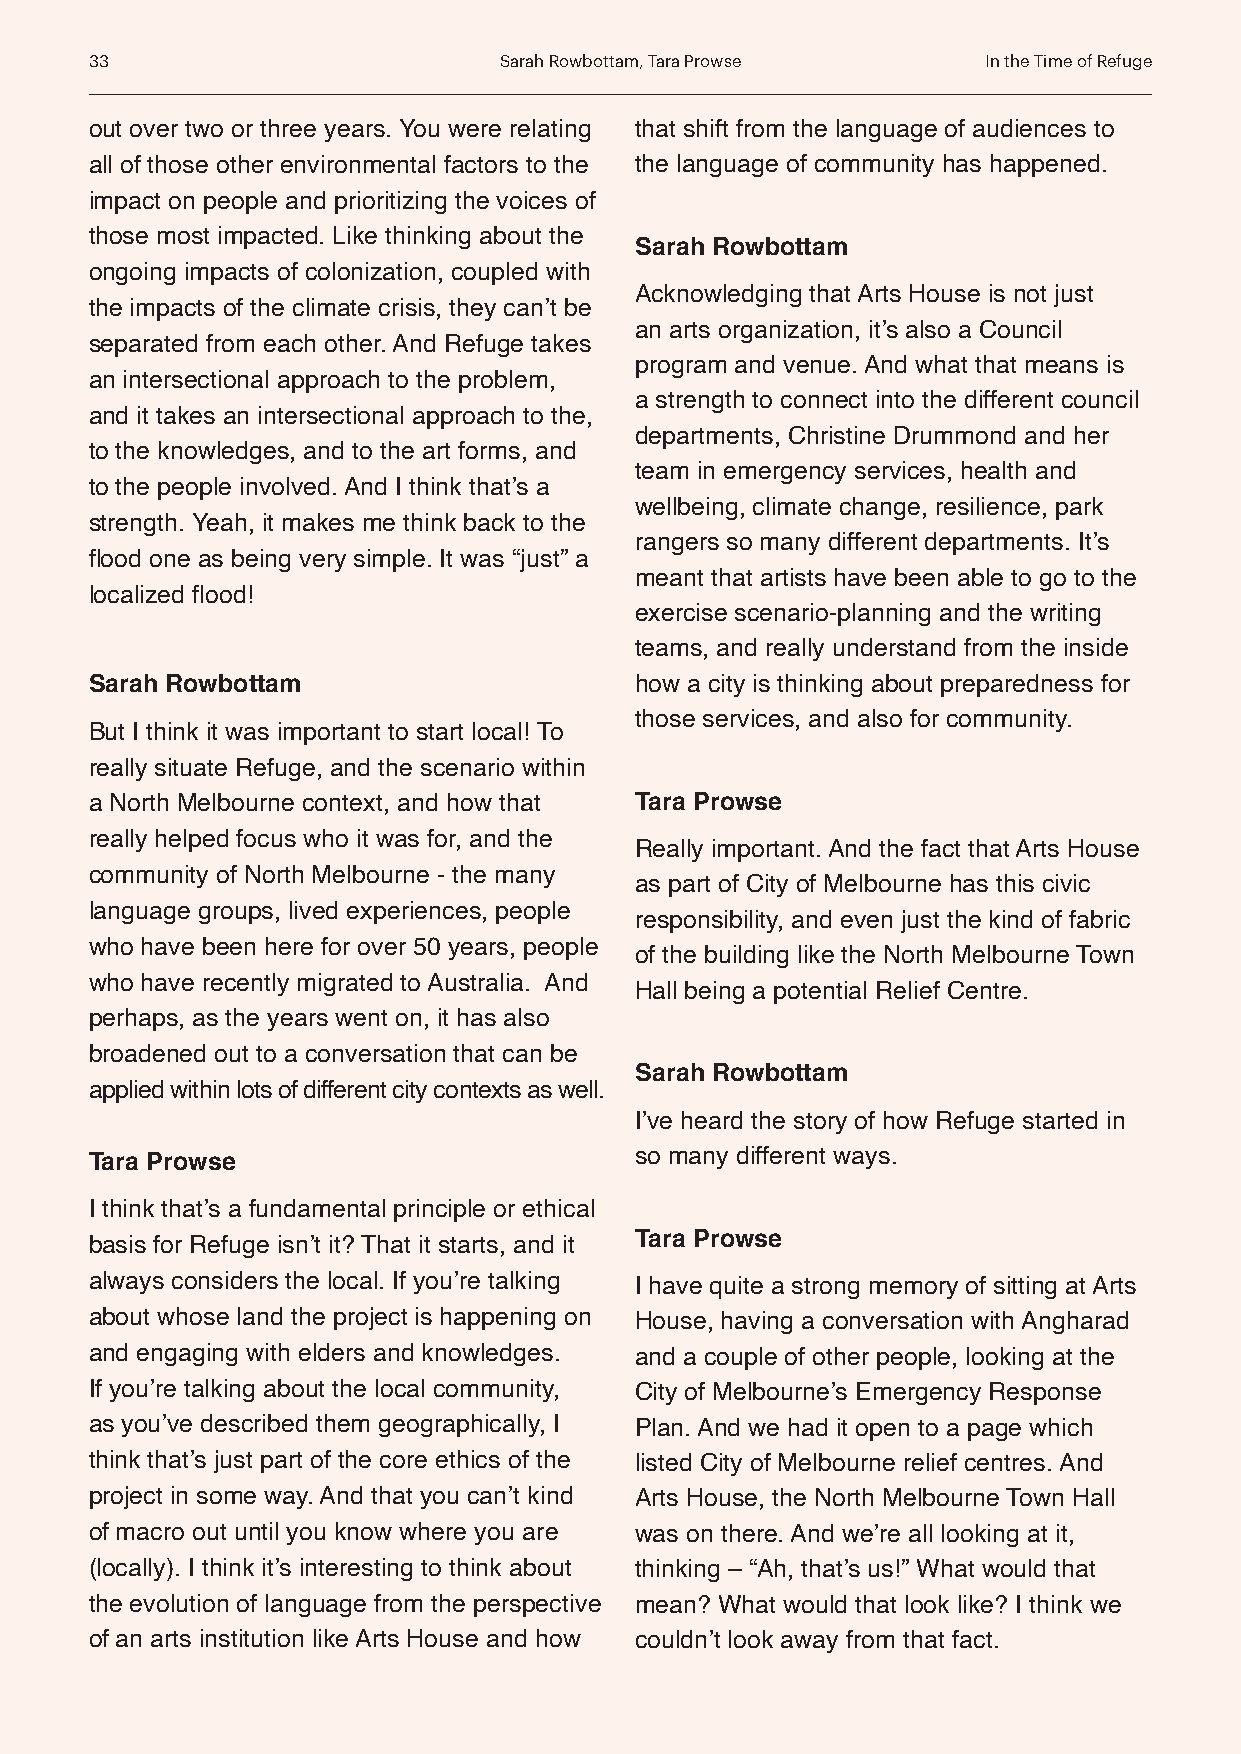
33                         Sarah Rowbottam, Tara Prowse    In the Time of Refuge
 out over two or three years. You were relating that shift from the language of audiences to
 all of those other environmental factors to the the language of community has happened.
 impact on people and prioritizing the voices of
 those most impacted. Like thinking about the
 Sarah Rowbottam
 ongoing impacts of colonization, coupled with
 Acknowledging that Arts House is not just
 the impacts of the climate crisis, they can’t be
 an arts organization, it’s also a Council
 separated from each other. And Refuge takes
 program and venue. And what that means is
 an intersectional approach to the problem,
 a strength to connect into the different council
 and it takes an intersectional approach to the,
 departments, Christine Drummond and her
 to the knowledges, and to the art forms, and
 team in emergency services, health and
 to the people involved. And I think that’s a
 wellbeing, climate change, resilience, park
 strength. Yeah, it makes me think back to the
 rangers so many different departments. It’s
 flood one as being very simple. It was “just” a
 meant that artists have been able to go to the
 localized flood!
 exercise scenario-planning and the writing
 teams, and really understand from the inside
 Sarah Rowbottam                     how a city is thinking about preparedness for
 those services, and also for community.
 But I think it was important to start local! To
 really situate Refuge, and the scenario within
 a North Melbourne context, and how that Tara Prowse
 really helped focus who it was for, and the
 Really important. And the fact that Arts House
 community of North Melbourne - the many
 as part of City of Melbourne has this civic
 language groups, lived experiences, people
 responsibility, and even just the kind of fabric
 who have been here for over 50 years, people
 of the building like the North Melbourne Town
 who have recently migrated to Australia. And
 Hall being a potential Relief Centre.
 perhaps, as the years went on, it has also
 broadened out to a conversation that can be
 Sarah Rowbottam
 applied within lots of different city contexts as well.
 I’ve heard the story of how Refuge started in
 Tara Prowse                         so many different ways.
 I think that’s a fundamental principle or ethical
 Tara Prowse
 basis for Refuge isn’t it? That it starts, and it
 always considers the local. If you’re talking I have quite a strong memory of sitting at Arts
 about whose land the project is happening on House, having a conversation with Angharad
 and engaging with elders and knowledges. and a couple of other people, looking at the
 If you’re talking about the local community, City of Melbourne’s Emergency Response
 as you’ve described them geographically, I Plan. And we had it open to a page which
 think that’s just part of the core ethics of the listed City of Melbourne relief centres. And
 project in some way. And that you can’t kind Arts House, the North Melbourne Town Hall
 of macro out until you know where you are was on there. And we’re all looking at it,
 (locally). I think it’s interesting to think about thinking – “Ah, that’s us!” What would that
 the evolution of language from the perspective mean? What would that look like? I think we
 of an arts institution like Arts House and how couldn’t look away from that fact.